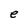
Character: e